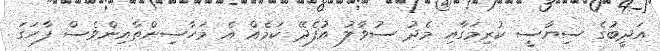
އަދީބުގެ ސިޔާސީ ކުރިމަގާއި މެދު ސުވާލު އުފެދޭ ކަމެއް އެ މަހާސިންތާއިންވެސް ފާހަގަ